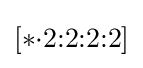
[*{\cdot }2{:}2{:}2{:}2]